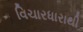
વિચારધારાથી